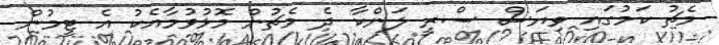
މެޗު ކަމުގައި ވިޔަސް ސްރީ ލަންކާ ދެ މެޗުން މޮޅުވުމާއެކު އެ ޓީމުން